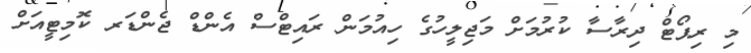
މި ރިޕޯޓް ދިރާސާ ކުރުމަށް މަޖިލީހުގެ ހިއުމަން ރައިޓްސް އެންޑް ޖެންޑަރ ކޮމިޓީއަށް